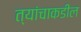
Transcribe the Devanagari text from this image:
त्यांचाकडील